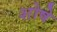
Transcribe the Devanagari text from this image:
शोषे